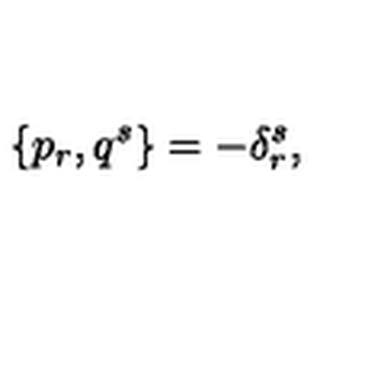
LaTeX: \{ p _ { r } , q ^ { s } \} = - \delta _ { r } ^ { s } ,